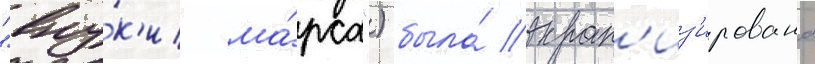
"вну́к'и ма́рса") была́ экран'из'ирована